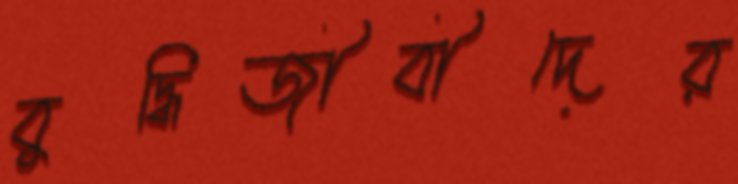
বুদ্ধিজীবীদের